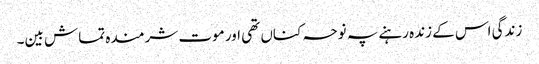
زندگی اس کے زندہ رہنے پہ نوحہ کناں تھی اور موت شرمندہ تماش بین۔